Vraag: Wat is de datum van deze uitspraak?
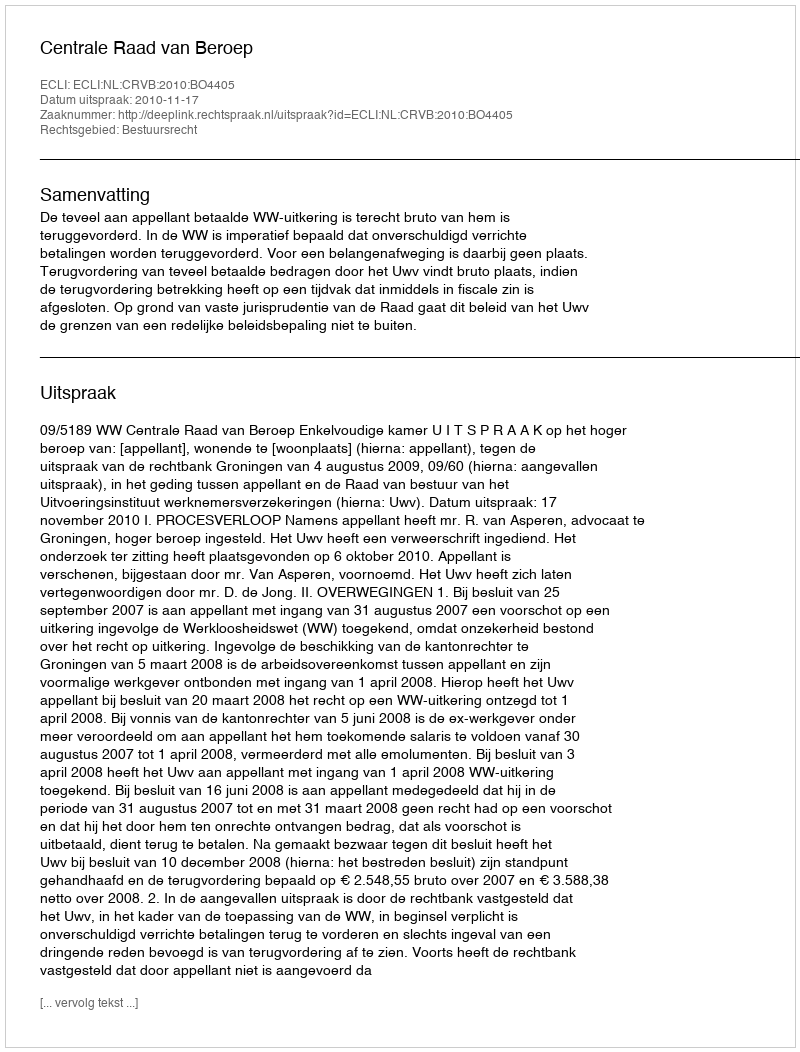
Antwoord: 2010-11-17